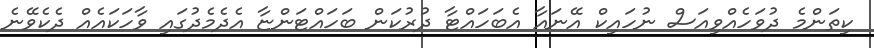
ކިތަންމެ ދުވަހެއްވިއަސް ނުހައިކް އޭނައާ އެބަހައްޓާ ދުރުކަން ބަހައްޓަންޏާ އެދެމެދުގައި ވާހަކައެއް ދެކެވޭނެ